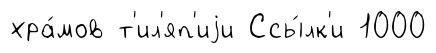
хра́мов т'ил'яп'иjи Ссы́лк'и 1000